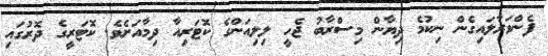
ފެންވަރާލައިގެން ނިކުމެ ދިޔާން މިސްރާބު ޖެހީ ލިލިއަންގެ ކޮޓަރިއާ ދިމާއަށެވެ. ކޮޓަރީގެ ދޮރުގައި